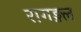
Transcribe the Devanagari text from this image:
रागङ्गल